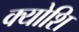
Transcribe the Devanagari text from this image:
क्योशि